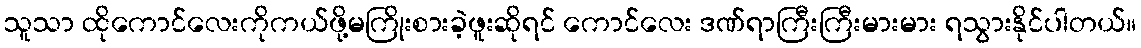
သူသာ ထိုကောင်လေးကိုကယ်ဖို့မကြိုးစားခဲ့ဖူးဆိုရင် ကောင်လေး ဒဏ်ရာကြီးကြီးမားမား ရသွားနိုင်ပါတယ်။